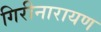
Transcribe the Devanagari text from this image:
गिरीनारायण